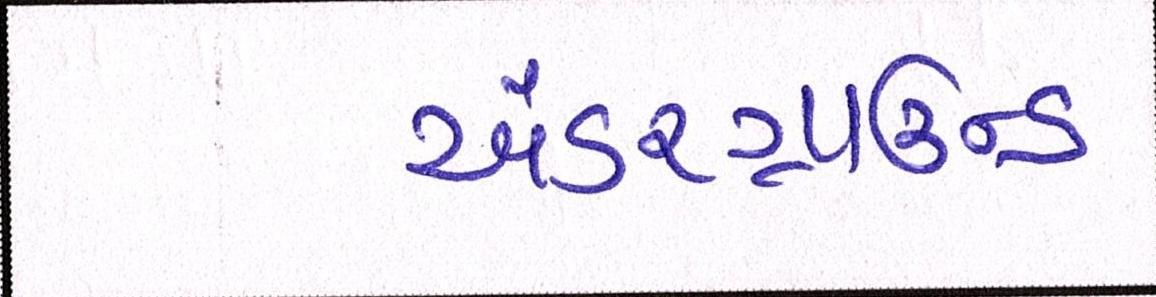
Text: અંડરગ્રાઉન્ડ